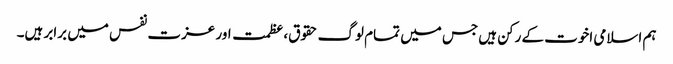
ہم اسلامی اخوت کے رکن ہیں جس میں تمام لوگ حقوق،عظمت اور عزت نفس میں برابر ہیں۔